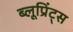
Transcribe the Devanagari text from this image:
ब्लूप्रिंट्स